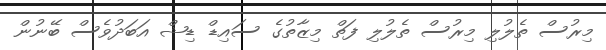
މިރުސް ތެލުލި މިރުސް ތެލުލި ފަތް މިޒާތުގެ ސައިޑް ޑިޝް އަބަދުވެސް ބޭނުން